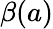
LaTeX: \beta(a)